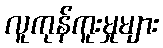
လူကုန်ကူးမှုများ